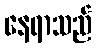
နေရာသည်